Lunatic asylums Central Provinces reports 1874-1885 - 1874-1885
Year: 1874
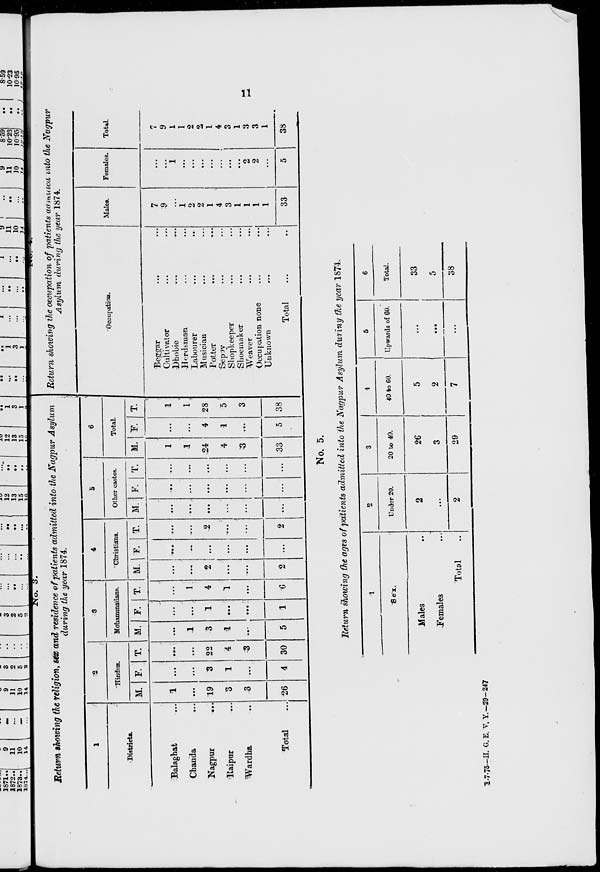
11
No.
3.
Return showing the religion, sex and residence of patients admitted into the Nagpur Asylum
during the year 1874.
1
Districts.
Balaghat ...
Chanda ...
Nagpur ...
Raipur ...
Wardha ...
Total ...
2
Hindus.
M.
1
...
19
3
3
26
F.
...
...
3
1
...
4
T.
...
...
22
4
3
30
3
Mohammadans.
M.
...
1
3
1
...
5
F.
...
...
1
...
...
1
T.
...
1
4
1
...
6
4
Christians.
M.
...
...
2
...
...
2
F.
...
...
...
...
...
...
T.
...
...
2
...
...
2
5
Other castes.
M.
...
...
...
...
...
...
F.
...
...
...
...
...
...
T.
...
...
...
...
...
...
6
Total.
M.
1
1
24
4
3
33
F.
...
...
4
1
...
5
T.
1
1
28
5
3
38
Return showing the occupation of patients admitted into the Nagpur
Asylum during the year 1874.
Occupation.
Beggar ... ...
Cultivator ... ...
Dhobie
...
...
Herdsman ... ...
Labourer ... ...
Musician
...
...
Potter ... ...
Sepoy ... ...
Shopkeeper ... ...
Shoemaker ... ...
Weaver ... ...
Occupation none ... ...
Unknown ... ...
Total ... ...
Males.
7
9
...
1
2
2
1
4
3
1
1
1
1
33
Females.
...
...
1
...
...
...
...
...
...
...
2
2
...
5
Total.
7
9
1
1
2
2
1
4
3
1
3
3
1
38
No. 5.
Return showing the ages of patients admitted into the Nagpur Asylum during the year 1874.
1
Sex.
Males ...
Females ...
Total ...
2
Under 20.
2
...
2
3
20 to 40.
26
3
29
4
40 to 60.
5
2
7
5
Upwards of 60.
...
...
...
6
Total.
33
5
38
1-7-75—H. G. E. V. Y.—29—247